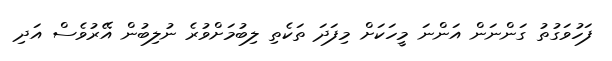
ފަހުވަގުތު ގަންނަން އަންނަ މީހަކަށް މިފަދަ ތަކެތި ލިބުމަށްވުރެ ނުލިބުން އޭރުވެސް އަދި